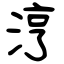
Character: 涥